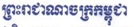
ព្រះរាជាណាចក្រកម្ពុជា